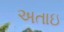
અતાઇ